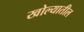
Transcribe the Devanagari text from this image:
खोल्यातील